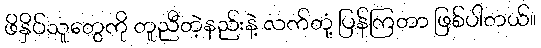
ဖိနှိပ်သူတွေကို တူညီတဲ့နည်းနဲ့ လက်တုံ့ ပြန်ကြတာ ဖြစ်ပါတယ်။